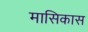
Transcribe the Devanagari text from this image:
मासिकास